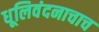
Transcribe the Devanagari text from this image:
धूलिवंदनाचाच